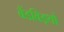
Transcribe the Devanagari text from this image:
बैंडविड्थों